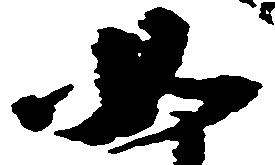
如